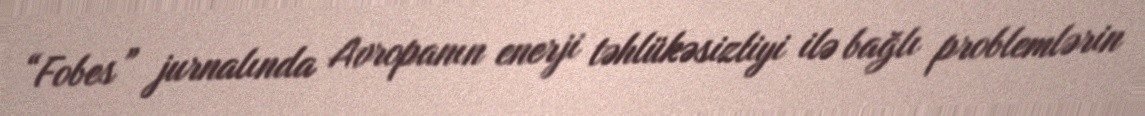
“Fobes” jurnalında Avropanın enerji təhlükəsizliyi ilə bağlı problemlərin